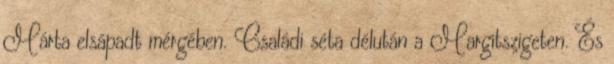
Márta elsápadt mérgében. Családi séta délután a Margitszigeten. És